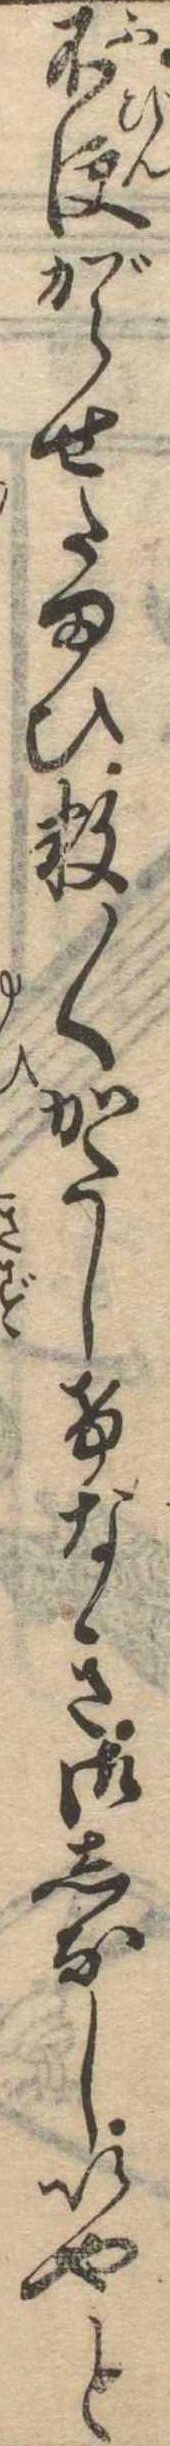
不便がらせたまひ数〱かたしけなき御しなしいやと